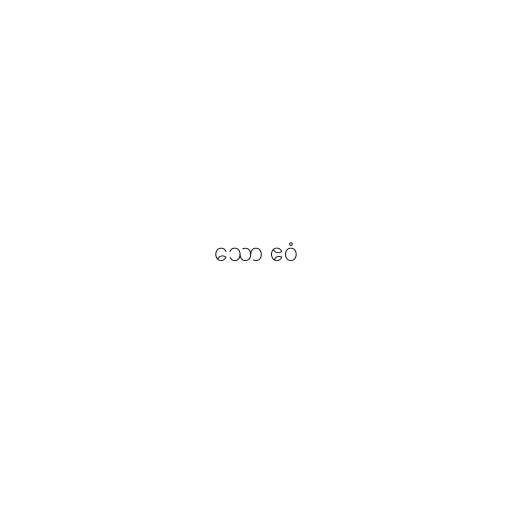
သော ဧဝံ